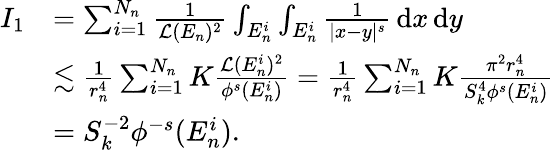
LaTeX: \begin{array}{rl}{I_{1}}&{=\sum_{i=1}^{N_{n}}\frac{1}{\mathcal L(E_{n})^{2}}\int_{E_{n}^{i}}\int_{E_{n}^{i}}\frac{1}{|x-y|^{s}}\, \mathrm{d}x\, \mathrm{d}y}\\ &{\lesssim\frac{1}{r_{n}^{4}}\sum_{i=1}^{N_{n}}K\frac{\mathcal L(E_{n}^{i})^{2}}{\phi^{s}(E_{n}^{i})}=\frac{1}{r_{n}^{4}}\sum_{i=1}^{N_{n}}K\frac{\pi^{2}r_{n}^{4}}{S_{k}^{4}\phi^{s}(E_{n}^{i})}}\\ &{=S_{k}^{-2}\phi^{-s}(E_{n}^{i}).}\end{array}